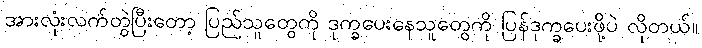
အားလုံးလက်တွဲပြီးတော့ ပြည်သူတွေကို ဒုက္ခပေးနေသူတွေကို ပြန်ဒုက္ခပေးဖို့ပဲ လိုတယ်။